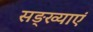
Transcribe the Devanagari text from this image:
सङ्ख्याएं